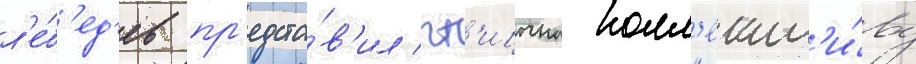
л'е́б'ед'ев пр'едста́в'ил пт'ицына колл'ект'и́ву